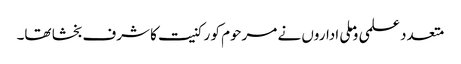
متعدد علمی وملی اداروں نے مرحوم کو رکنیت کا شرف بخشا تھا۔